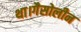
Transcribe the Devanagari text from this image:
था।गैसोलीन